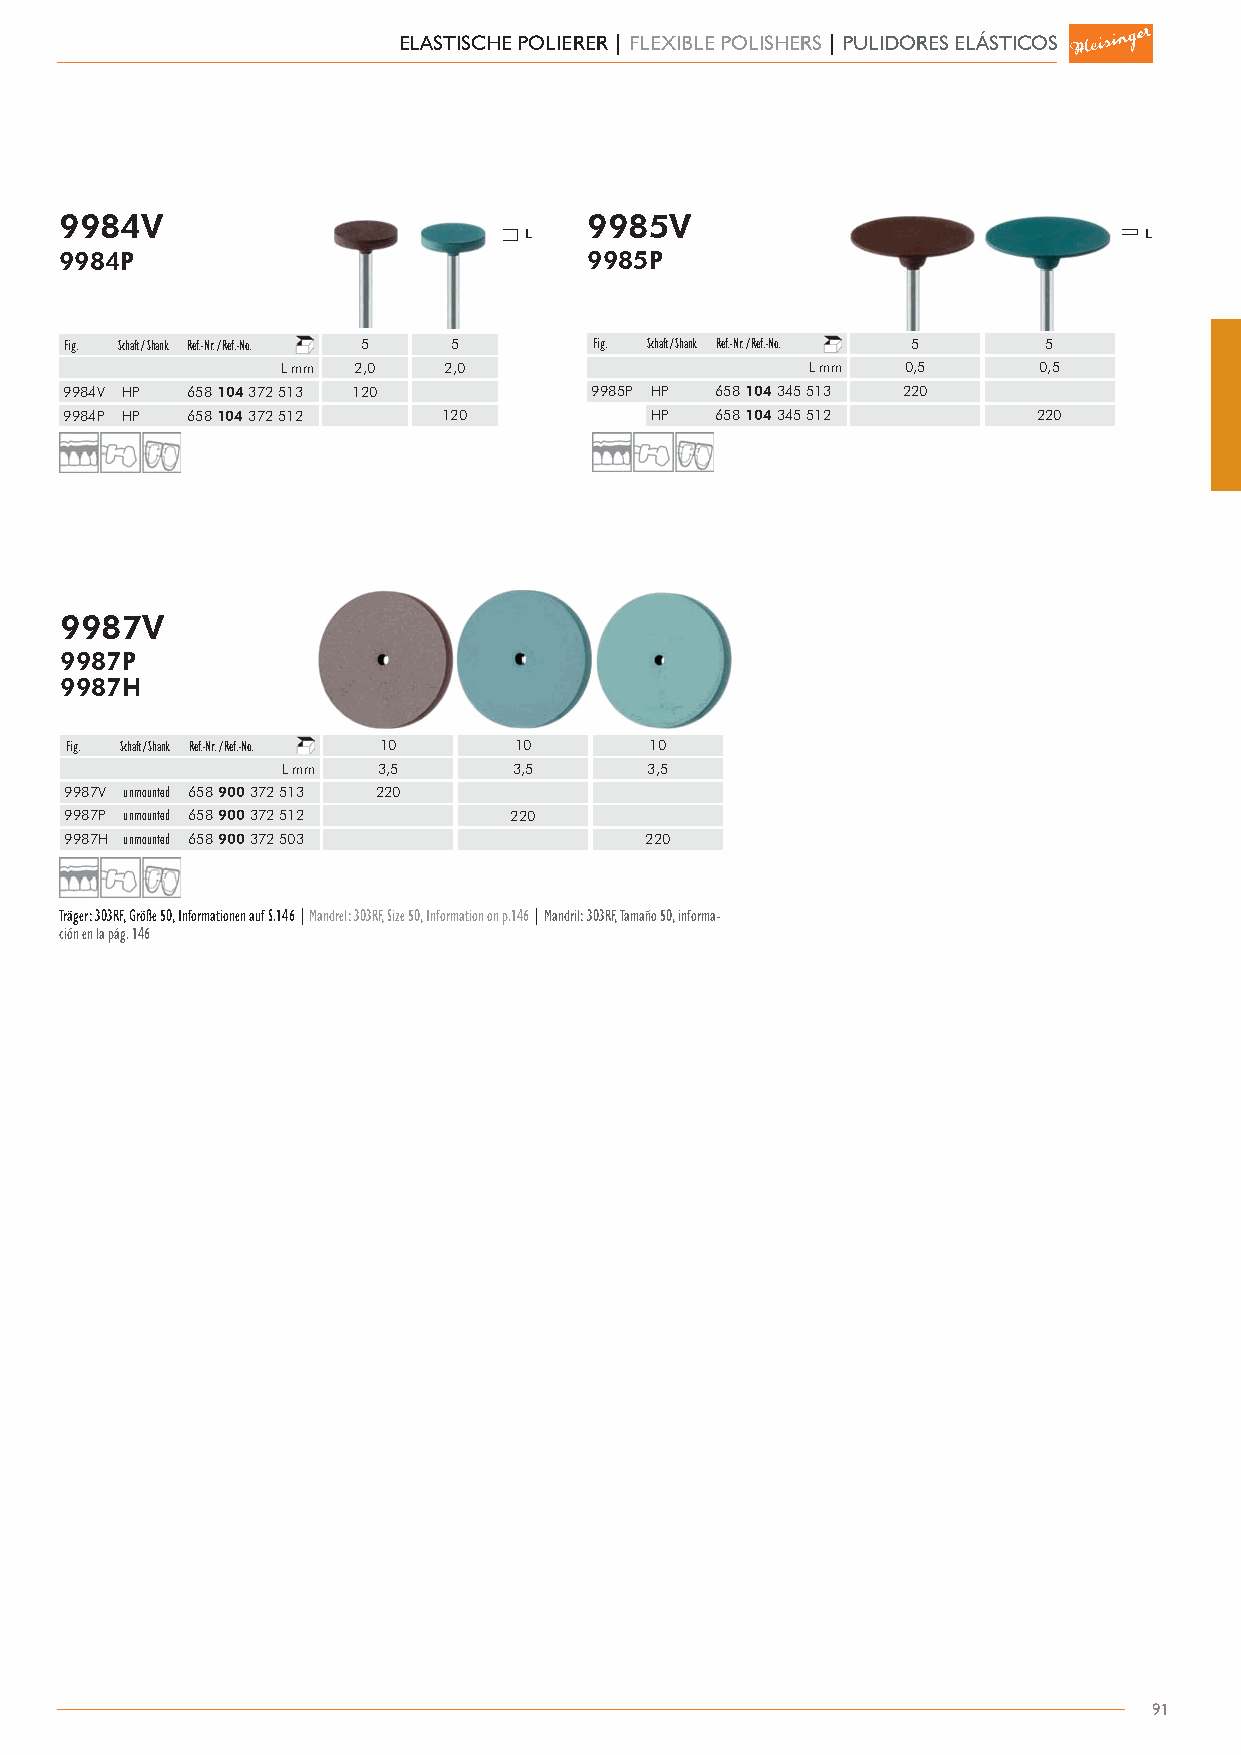
ELASTISCHE POLIERER | FLEXIBLE POLISHERS | PULIDORES ELÁSTICOS
 9984V                              9985V
 9984P                              9985P
 Fig. Schaft / Shank Ref.-Nr. / Ref.-No. 5 5 Fig. Schaft / Shank Ref.-Nr. / Ref.-No. 5 5
 L mm 2,0  2,0                      L mm  0,5      0,5
 9984V HP 658 104 372 513 120       9985P HP 658 104 345 513 220
 9984P HP 658 104 372 512 120           HP  658 104 345 512       220
 9987V
 9987P
 9987H
 Fig. Schaft / Shank Ref.-Nr. / Ref.-No. 10 10 10
 L mm  3,5      3,5      3,5
 9987V unmounted 658 900 372 513 220
 9987P unmounted 658 900 372 512 220
 9987H unmounted 658 900 372 503        220
 Träger: 303RF, Größe 50, Informationen auf S.146 | Mandrel: 303RF, Size 50, Information on p.146 | Mandril: 303RF, Tamaño 50, informa-
 ción en la pág. 146
 91